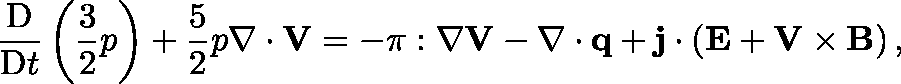
\frac { \mathrm { D } } { \mathrm { D } t } \left( \frac { 3 } { 2 } p \right) + \frac { 5 } { 2 } p \nabla \cdot \mathbf { V } = - \mathbf { \pi } : \nabla \mathbf { V } - \nabla \cdot \mathbf { q } + \mathbf { j } \cdot \left( \mathbf { E } + \mathbf { V } \times \mathbf { B } \right) ,